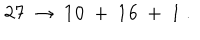
{ \bf 2 7 } \ \to \ { \bf 1 0 } \ + \ { \bf 1 6 } \ + \ { \bf 1 } \ .